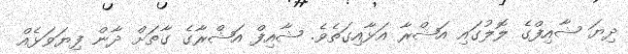
ދިޔަ ޝާއިފްގެ ލޮލުގައި އަޝްރާ އަޅާއިގަތެވެ. ޝާއިފް އަޝްރާގެ ގާތަށް ދާން ފިޔަވަޅެއް